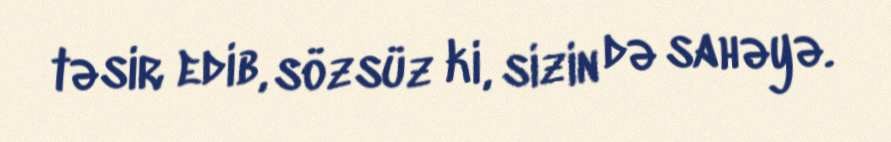
təsir edib, sözsüz ki, sizin də sahəyə.